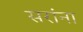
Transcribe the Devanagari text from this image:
सरांना